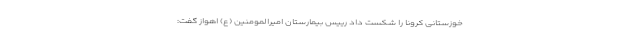
خوزستانی کرونا را شکست داد رییس بیمارستان امیرالمومنین (ع) اهواز گفت: